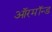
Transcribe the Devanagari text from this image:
ऑरमॉन्ड